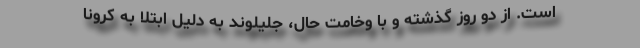
است. از دو روز گذشته و با وخامت حال، جلیلوند به دلیل ابتلا به کرونا